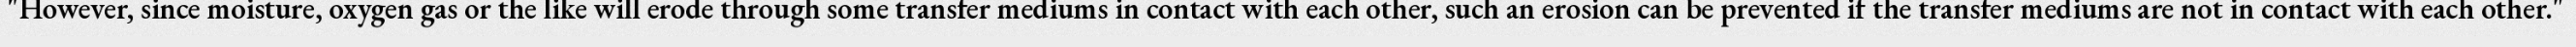
"However, since moisture, oxygen gas or the like will erode through some transfer mediums in contact with each other, such an erosion can be prevented if the transfer mediums are not in contact with each other."